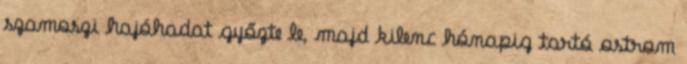
szamoszi hajóhadat győzte le, majd kilenc hónapig tartó ostrom